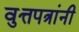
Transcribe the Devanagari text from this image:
वुत्तपत्रांनी